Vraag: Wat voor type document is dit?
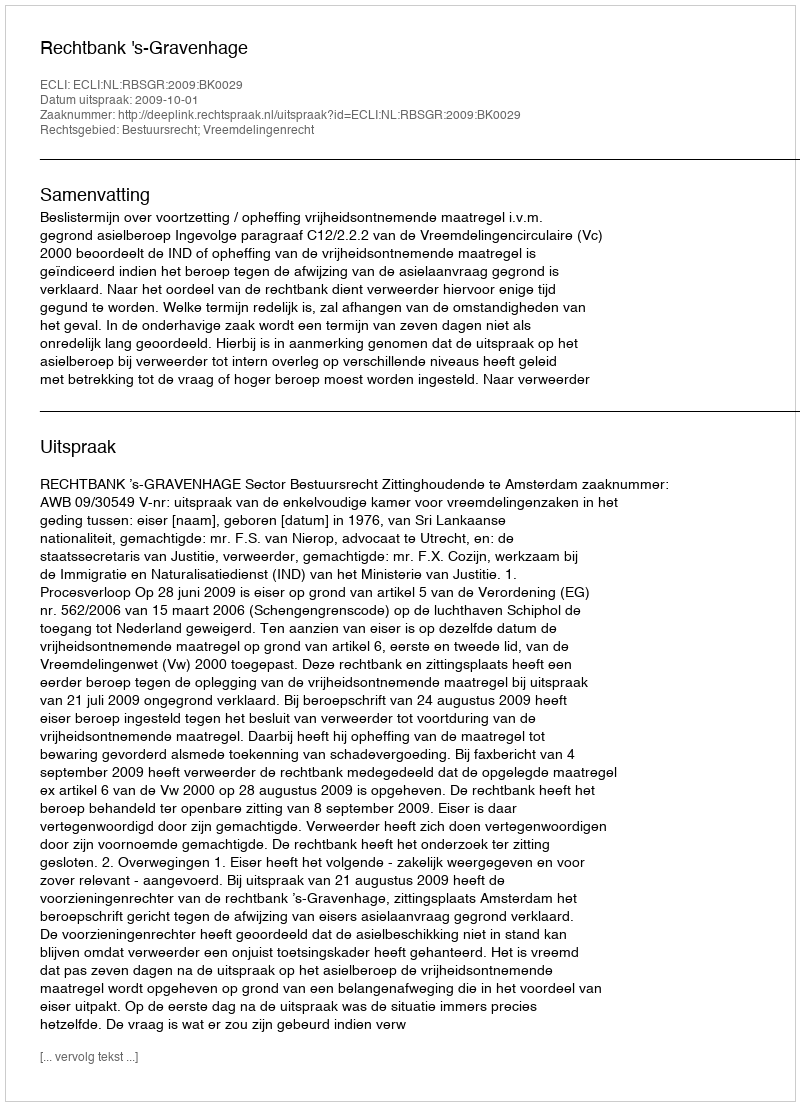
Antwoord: Uitspraak